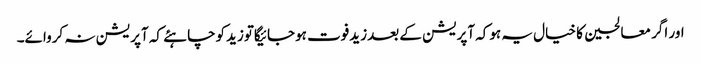
اور اگر معالجین کا خیال یہ ہوکہ آپریشن کے بعدزیدفوت ہوجائیگاتوزیدکوچاہئے کہ آپریشن نہ کروائے۔